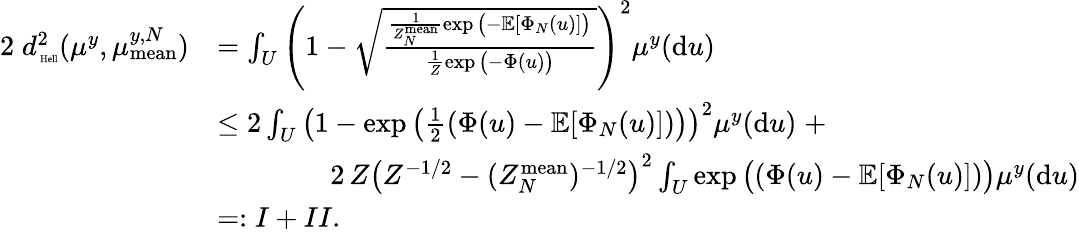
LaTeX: \begin{array}{rl}{2\; d_{\mathrm{\tiny\mathrm{~Hell}}}^{2}(\mu^{y},\mu_{\mathrm{mean}}^{y,N})}&{=\int_{U}\left(1-\sqrt{\frac{\frac{1}{Z_{N}^{\mathrm{mean}}}\exp\big(-\mathbb{E}[\Phi_{N}(u)]\big)}{\frac{1}{Z}\exp\big(-\Phi(u)\big)}}\right)^{2}\mu^{y}(\mathrm{d}u)}\\ &{\leq 2\int_{U}\left(1-\exp\left(\frac{1}{2}(\Phi(u)-\mathbb{E}[\Phi_{N}(u)])\right)\right)^{2}\mu^{y}(\mathrm{d}u)\; +}\\ &{\qquad\qquad 2\, Z\left(Z^{-1/2}-(Z_{N}^{\mathrm{mean}})^{-1/2}\right)^{2}\int_{U}\exp\big((\Phi(u)-\mathbb{E}[\Phi_{N}(u)])\big)\mu^{y}(\mathrm{d}u)}\\ &{=:I+II.}\end{array}